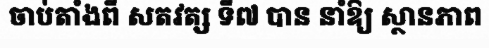
ចាប់តាំងពី សតវត្ស ទី៧ បាន នាំឱ្យ ស្ថានភាព